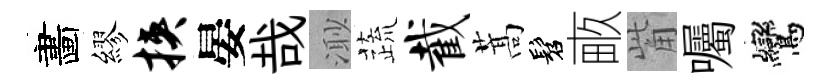
畵繆挟晏哉𣺌蔬截蒿髫畞觜囑鸞